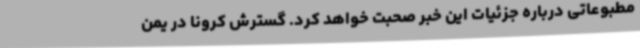
مطبوعاتی درباره جزئیات این خبر صحبت خواهد کرد. گسترش کرونا در یمن